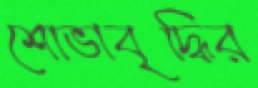
শোভাবৃদ্ধির